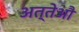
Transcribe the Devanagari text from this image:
अत्तेऔ